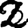
Digit: 2